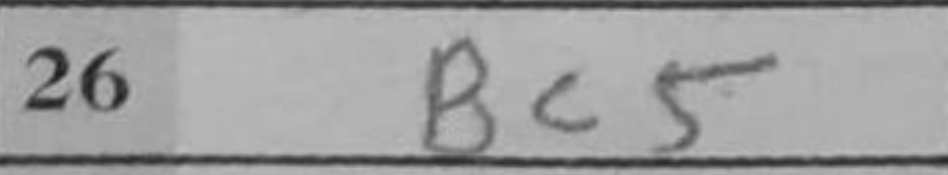
Transcription: Bc5